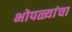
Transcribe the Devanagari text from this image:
भोपळ्यांचा